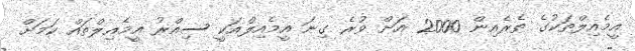
އީމެއިލްތަކުގެ ތެރެއިން 2000 އަށް ވުރެ ގިނަ އީމެއިލްއަކީ ސިއްރު އީމެއިލްތައް ކަމަށް